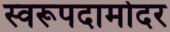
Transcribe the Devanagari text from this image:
स्वरूपदामोदर